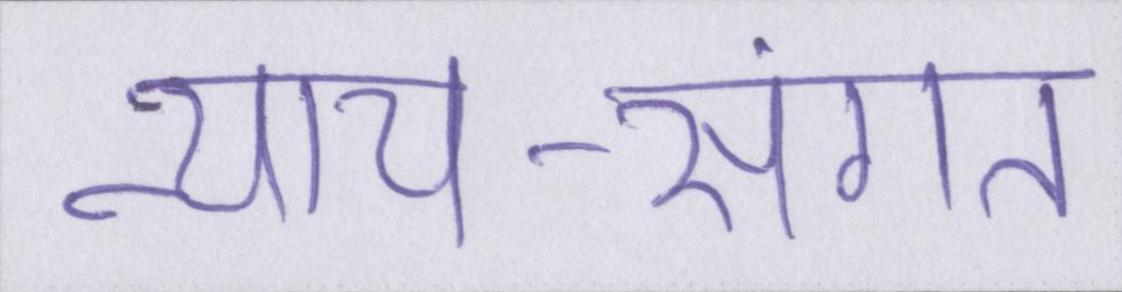
न्याय-संगत